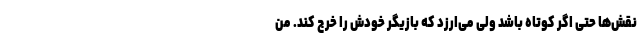
نقش‌ها حتی اگر کوتاه باشد ولی می‌ارزد که بازیگر خودش را خرج کند. من